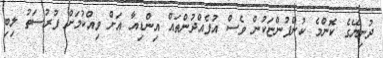
ދުނިޔޭގެ ކޮންމެ ކުންފުންޏަކުން ވެސް އުފެއްދުންތައް އިންޑިއާ އަށް ވިއްކުމަށް ފުރުސަތު ލިބި